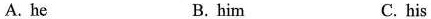
A. he B. him C. his